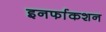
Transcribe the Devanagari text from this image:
इनर्फाकशन